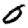
Digit: 0